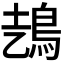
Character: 𩿆